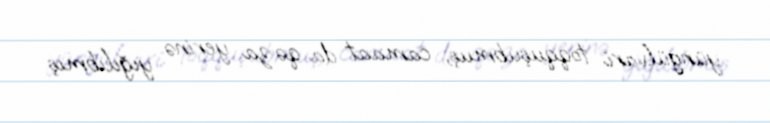
yüngülvari toqquşubmuş, camaat da qəza yerinə yığılıbmış.